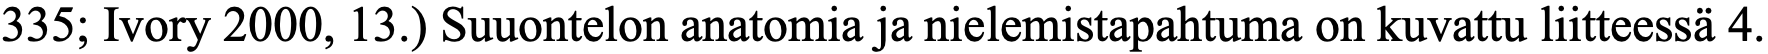
335; Ivory 2000, 13.) Suuontelon anatomia ja nielemistapahtuma on kuvattu liitteessä 4.